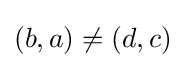
(b,a)\neq (d,c)